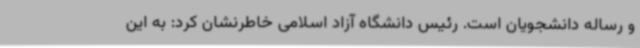
و رساله دانشجویان است. رئیس دانشگاه آزاد اسلامی خاطرنشان کرد: به این